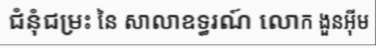
ជំនុំជម្រះ នៃ សាលាឧទ្ធរណ៍ លោក ងួនអ៊ីម